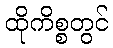
ထိုကိစ္စတွင်